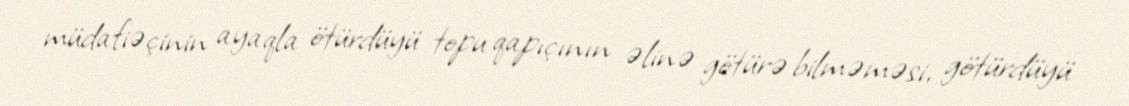
müdafiəçinin ayaqla ötürdüyü topu qapıçının əlinə götürə bilməməsi, götürdüyü